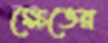
ক্ষেভের